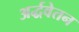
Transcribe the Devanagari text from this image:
अर्द्धवेतन